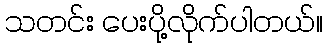
သတင်း ပေးပို့လိုက်ပါတယ်။